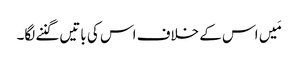
مَیں اس کے خلاف اس کی باتیں گننے لگا۔